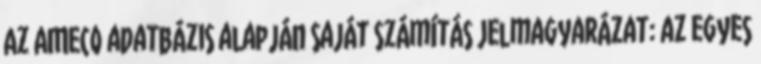
Az AMECO adatbázis alapján saját számítás Jelmagyarázat: az egyes